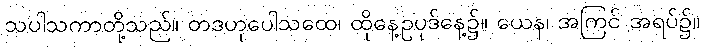
သပါသကာတို့သည်။ တဒဟုပေါသထေ၊ ထိုနေ့ဥပုဒ်နေ့၌။ ယေန၊ အကြင် အရပ်၌။